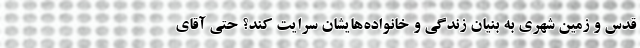
قدس و زمین شهری به بنیان زندگی و خانواده‌هایشان سرایت کند؟ حتی آقای